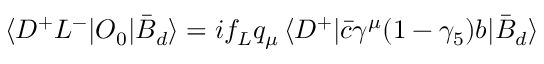
\langle D ^ { + } L ^ { - } | O _ { 0 } | \bar { B } _ { d } \rangle = i f _ { L } q _ { \mu } \, \langle D ^ { + } | \bar { c } \gamma ^ { \mu } ( 1 - \gamma _ { 5 } ) b | \bar { B } _ { d } \rangle